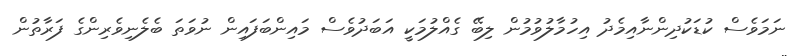
ނަމަވެސް ކުޑަކުދިންނާއިމެދު އިހުމާލުވުމުން ލިބޭ ގެއްލުމަކީ އަބަދުވެސް މައިންބަފައިން ނުވަތަ ބެލެނިވެރިންގެ ފަރާތުން